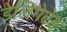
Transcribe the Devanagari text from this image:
डेलिगेटेड